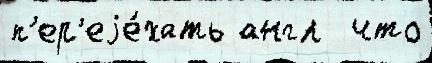
п'ер'еjе́хать англ  что